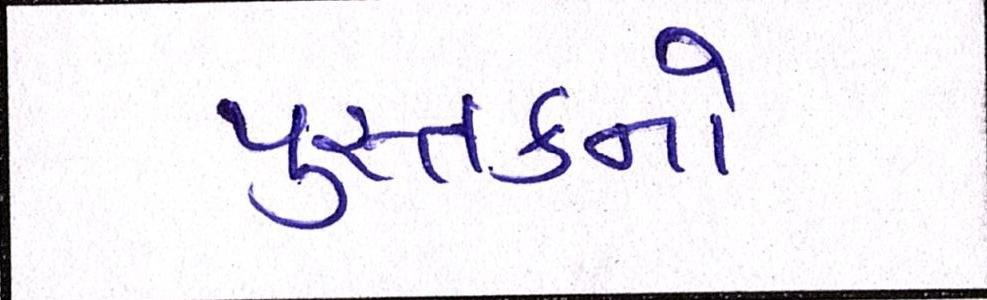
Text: પુસ્તકનો